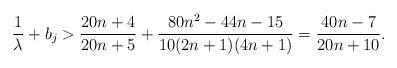
LaTeX: \begin{align*}\frac{1}{\lambda}+b_j>\frac{20n+4}{20n+5}+\frac{80n^2-44n-15}{10(2n+1)(4n+1)}=\frac{40n-7}{20n+10}.\end{align*}